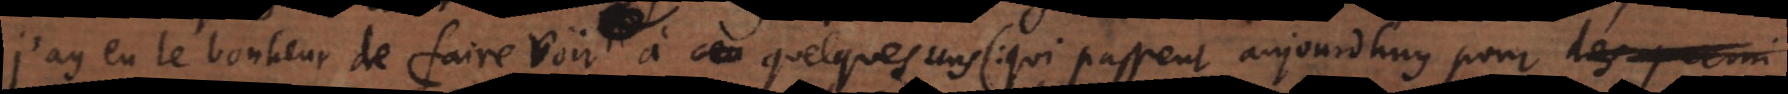
j’ay eu le bonheur de faire voir à quelques uns (qui passent aujourdhuy pour